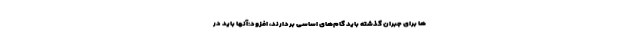
ها برای جبران گذشته باید گام‌های اساسی بردارند، افزود:آنها باید در